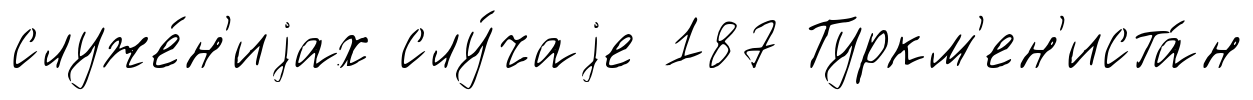
служе́н'иjах слу́чаjе 187 Туркм'ен'иста́н